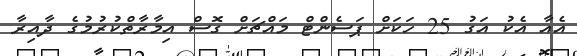
އެއާ އެކު އަގު 25 ހަކަށް ޕަސެންޓް މައްޗަށް ގޮސް އިމާރާތްކުރުމުގެ ދާއިރާ